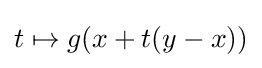
t\mapsto g(x+t(y-x))